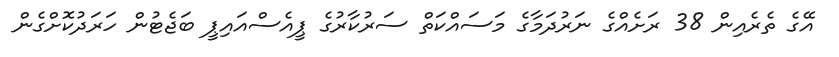
އޭގެ ތެރެއިން 38 ރަށެއްގެ ނަރުދަމާގެ މަސައްކަތް ސަރުކާރުގެ ޕީއެސްއައިޕީ ބަޖެޓުން ހަރަދުކޮށްގެން